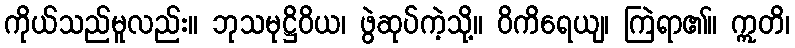
ကိုယ်သည်မူလည်း။ ဘုသမုဋ္ဌိဝိယ၊ ဖွဲဆုပ်ကဲ့သို့။ ဝိကိရေယျ၊ ကြဲရာ၏။ ဣတိ၊